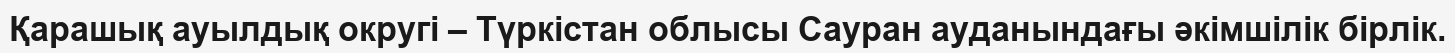
Қарашық ауылдық округі – Түркістан облысы Сауран ауданындағы әкімшілік бірлік.